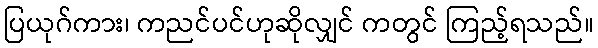
ပြယုဂ်ကား၊ ကညင်ပင်ဟုဆိုလျှင် ကတွင် ကြည့်ရသည်။